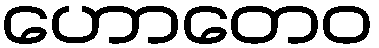
ဟောတေဝ